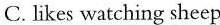
C.Likes watching sheep